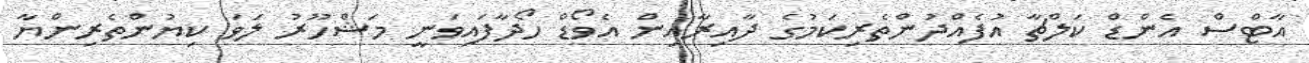
އާޓްސް އެންޑް ކަލްޗާ އުފެއްދުންތެރިކަމުގެ ދާއިރާއިން އެވޯޑް ހޯދާފައިވަނީ މަޝްހޫރު ލަވަ ކިޔުންތެރިންޔާ